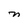
Character: n